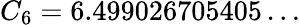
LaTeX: C_{6}=6.499026705405\ldots